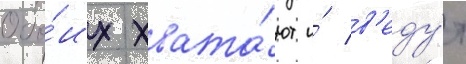
Обо́их хвата́ют и́ в'еду́т